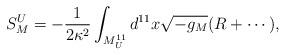
LaTeX: \begin{align*}S_M^U = - {1\over 2 \kappa^2} \int_{M^{11}_U} d^{11} x \sqrt{-g_M} (R +\cdots),\end{align*}